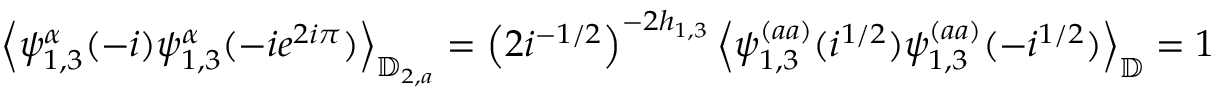
\left\langle \psi _ { 1 , 3 } ^ { \alpha } ( - i ) \psi _ { 1 , 3 } ^ { \alpha } ( - i e ^ { 2 i \pi } ) \right\rangle _ { \mathbb { D } _ { 2 , a } } = \left( 2 i ^ { - 1 / 2 } \right) ^ { - 2 h _ { 1 , 3 } } \left\langle \psi _ { 1 , 3 } ^ { ( a a ) } ( i ^ { 1 / 2 } ) \psi _ { 1 , 3 } ^ { ( a a ) } ( - i ^ { 1 / 2 } ) \right\rangle _ { \mathbb { D } } = 1